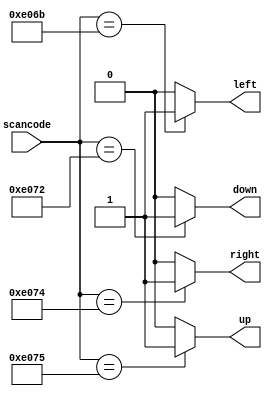
// synthesis verilog_input_version verilog_2001
module top_module (
    input [15:0] scancode,
    output reg left,
    output reg down,
    output reg right,
    output reg up  ); 

    always @* begin
        {left,down,right,up} = 4'b0000;
        case(scancode)
            16'he06b : left = 1;
            16'he072 : down = 1;
            16'he074 : right = 1;
            16'he075 : up = 1;
            default : {left,down,right,up} = 4'b0000;
        endcase
    end
    
     
endmodule